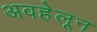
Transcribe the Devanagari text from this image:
अवहेलून